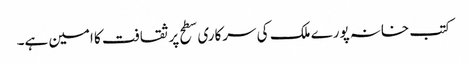
کتب خانہ پورے ملک کی سرکاری سطح پر ثقافت کا امین ہے۔